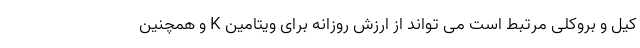
کیل و بروکلی مرتبط است می تواند از ارزش روزانه برای ویتامین K و همچنین